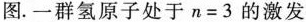
图.一群氢原子处于$$n = 3$$的激